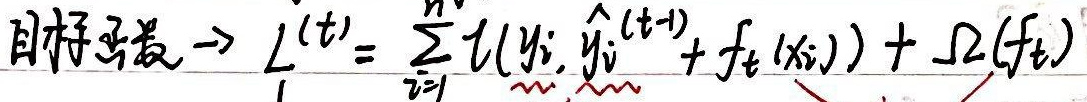
目标函数$\to L^t = \sum_{i = 1}^{n} l(y_i, \hat{y}_i^{(t - 1)}) + f_t(x_i)) + \Omega(f_t)$